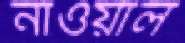
নাওয়াল